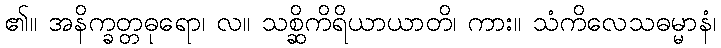
၏။ အနိက္ခတ္တဓုရော၊ လ။ သစ္ဆိကိရိယာယာတိ၊ ကား။ သံကိလေသဓမ္မာနံ၊